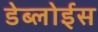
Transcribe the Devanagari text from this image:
डेब्लोईस